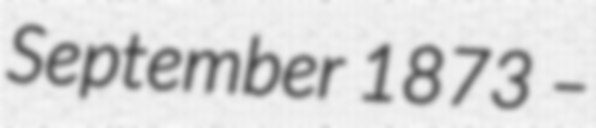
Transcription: September 1873 –